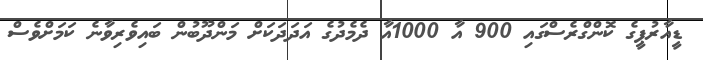
ޑީއާރުޕީގެ ކޮންގްރެސްގައި 900 އާ 1000އާ ދެމެދުގެ އަދަދަކަށް މަންދޫބުން ބައިވެރިވާނެ ކަމަށްވެސް